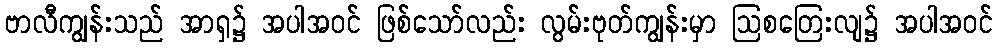
ဗာလီကျွန်းသည် အာရှ၌ အပါအဝင် ဖြစ်သော်လည်း လွမ်းဗုတ်ကျွန်းမှာ ဩစတြေးလျ၌ အပါအဝင်